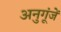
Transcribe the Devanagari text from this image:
अनुगूंजें